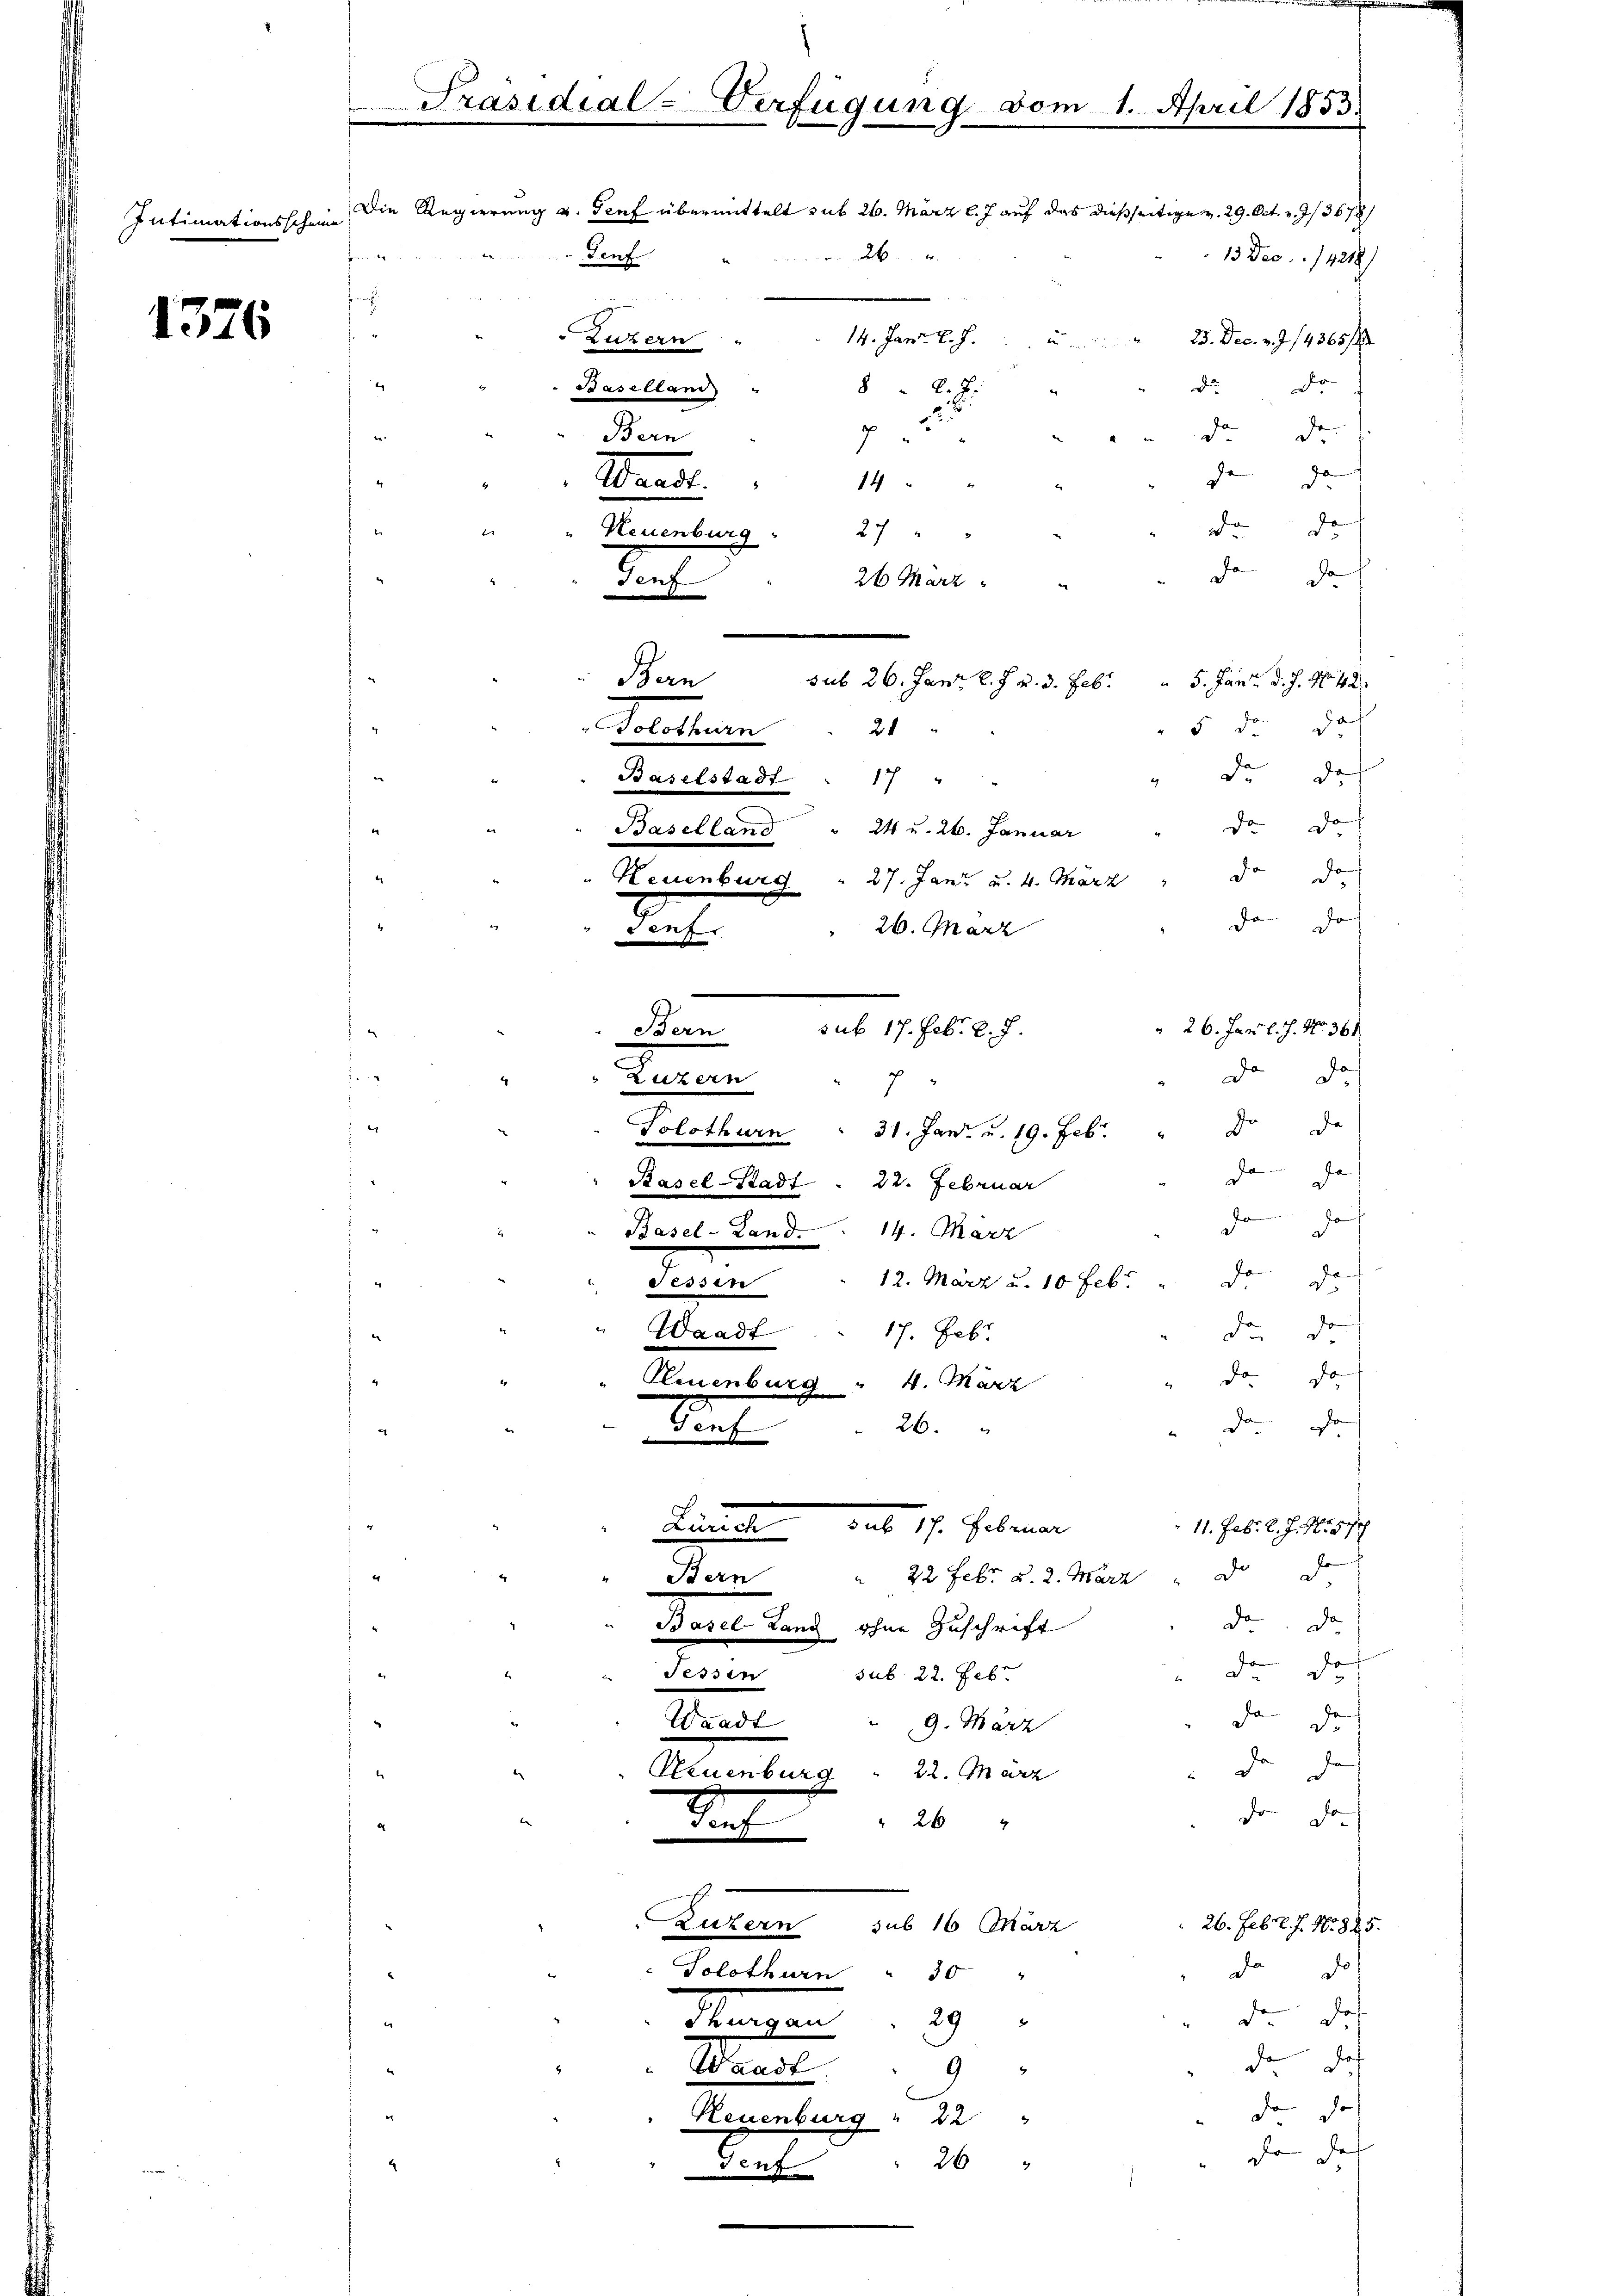
Intimationsscheine

1376

Präsidial-Verfügung vom 1. April 1853.
Die Regierung u. Teuf übermittelt sub 26. März l. J. auf das dießseitige v. 29. Oct. v. Js 3678/
5
26

Genf
13 Dec. 14218)
ge
14. Janr. l. J.
 Luzern
23. Dec. v. 7. 14365 f
8

Baselland
Du
Dr
da de
dende
14.
de
da
Neuenburg
27
de Ja
e
26 März
sub 26. Janr. l. J. v. 3. Feb.
Ban
5. Janr. d. J. No 42.
da
5 de
21
Wolthun
de das
Baselstadt
17
de Jo
24 u. 26. Januar
Baselland
da de
Neuenburg " 27. Janz u. 4. März
7
da
Do
26. März
venfr
 26. Jan. l. J. No. 361
Bern
da
Das
Turan
7
Solothurn 31. Jan. u. 19. Febr. " Dr. de
da da
Basel-Stadt . 22. Februar
da
d
Basel-Land. 14. März
d
12. März u. 10 Feb.
da
e
de
17. Feb.
Waadt
da de
do do
n
Neuenburg " 4. März
Da Jo
Senf . 26. "
Limmat aus 17. Februar
11. Febr. l. J. Nr. 577
de de
Bern " 22 Febr. u. 2. März
de. Da
Basel Land ohne Zuschrift
de da
Sessen sub. 22. Feb.
da de
Waadt
9. März
da
Hamburg  2. Min
d
Dr Jo
d
264
Luzern
26. Febr. J. No. 825.
sub 16 März
da de
Solothurn " 30
dee des
29
Mangen
de
Waadt
9
den de
Neuenburg " 22
den des
26 "
e

Bern
Waadt.

sub 17. Febr. l. J.

i
7